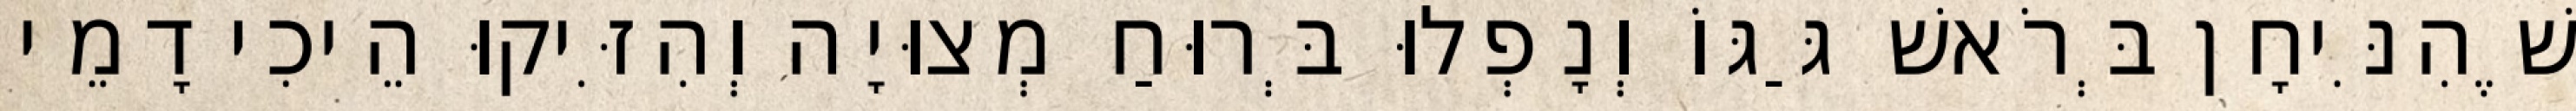
שֶׁהִנִּיחָן בְּרֹאשׁ גַּגּוֹ וְנָפְלוּ בְּרוּחַ מְצוּיָה וְהִזִּיקוּ הֵיכִי דָמֵי